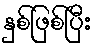
နှစ်ဖြစ်ပြီး